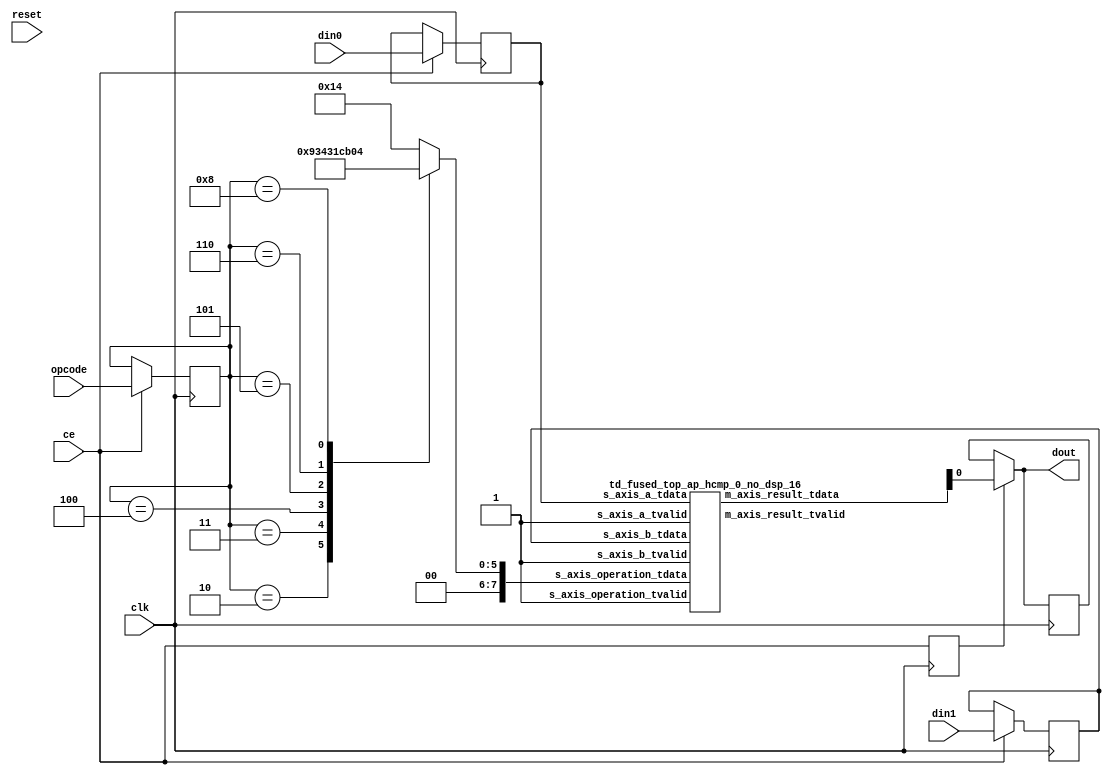
`define EXPONENT 5
`define MANTISSA 10
`define ACTUAL_MANTISSA 11
`define EXPONENT_LSB 10
`define EXPONENT_MSB 14
`define MANTISSA_LSB 0
`define MANTISSA_MSB 9
`define MANTISSA_MUL_SPLIT_LSB 3
`define MANTISSA_MUL_SPLIT_MSB 9
`define SIGN 1
`define SIGN_LOC 15
`define DWIDTH (`SIGN+`EXPONENT+`MANTISSA)
`define IEEE_COMPLIANCE 1

module td_fused_top_hcmp_16ns_16ns_1_2_no_dsp_1
#(parameter
    ID         = 137,
    NUM_STAGE  = 2,
    din0_WIDTH = 16,
    din1_WIDTH = 16,
    dout_WIDTH = 1
)(
    input  wire                  clk,
    input  wire                  reset,
    input  wire                  ce,
    input  wire [din0_WIDTH-1:0] din0,
    input  wire [din1_WIDTH-1:0] din1,
    input  wire [4:0]            opcode,
    output wire [dout_WIDTH-1:0] dout
);
//------------------------Parameter----------------------
// AutoESL opcode
localparam [4:0]
    AP_OEQ = 5'b00001,
    AP_OGT = 5'b00010,
    AP_OGE = 5'b00011,
    AP_OLT = 5'b00100,
    AP_OLE = 5'b00101,
    AP_ONE = 5'b00110,
    AP_UNO = 5'b01000;
// FPV6 opcode
localparam [7:0]
    OP_EQ = 8'b00010100,
    OP_GT = 8'b00100100,
    OP_GE = 8'b00110100,
    OP_LT = 8'b00001100,
    OP_LE = 8'b00011100,
    OP_NE = 8'b00101100,
    OP_UO = 8'b00000100;
//------------------------Local signal-------------------
wire                  a_tvalid;
wire [15:0]           a_tdata;
wire                  b_tvalid;
wire [15:0]           b_tdata;
wire                  op_tvalid;
reg  [7:0]            op_tdata;
wire                  r_tvalid;
wire [7:0]            r_tdata;
reg  [din0_WIDTH-1:0] din0_buf1;
reg  [din1_WIDTH-1:0] din1_buf1;
reg  [4:0]            opcode_buf1;
reg                   ce_r;
wire [dout_WIDTH-1:0] dout_i;
reg  [dout_WIDTH-1:0] dout_r;
//------------------------Instantiation------------------
td_fused_top_ap_hcmp_0_no_dsp_16 td_fused_top_ap_hcmp_0_no_dsp_16_u (
    .s_axis_a_tvalid         ( a_tvalid ),
    .s_axis_a_tdata          ( a_tdata ),
    .s_axis_b_tvalid         ( b_tvalid ),
    .s_axis_b_tdata          ( b_tdata ),
    .s_axis_operation_tvalid ( op_tvalid ),
    .s_axis_operation_tdata  ( op_tdata ),
    .m_axis_result_tvalid    ( r_tvalid ),
    .m_axis_result_tdata     ( r_tdata )
);
//------------------------Body---------------------------
assign a_tvalid  = 1'b1;
assign a_tdata   = din0_buf1;
assign b_tvalid  = 1'b1;
assign b_tdata   = din1_buf1;
assign op_tvalid = 1'b1;
assign dout_i    = r_tdata[0];

always @(*) begin
    case (opcode_buf1)
        AP_OEQ  : op_tdata = OP_EQ;
        AP_OGT  : op_tdata = OP_GT;
        AP_OGE  : op_tdata = OP_GE;
        AP_OLT  : op_tdata = OP_LT;
        AP_OLE  : op_tdata = OP_LE;
        AP_ONE  : op_tdata = OP_NE;
        AP_UNO  : op_tdata = OP_UO;
        default : op_tdata = OP_EQ;
    endcase
end

always @(posedge clk) begin
    if (ce) begin
        din0_buf1   <= din0;
        din1_buf1   <= din1;
        opcode_buf1 <= opcode;
    end
end

always @ (posedge clk) begin
    ce_r <= ce;
end

always @ (posedge clk) begin
    if (ce_r) begin
        dout_r <= dout_i;
    end
end

assign dout = ce_r?dout_i:dout_r;
endmodule
module td_fused_top_ap_hcmp_0_no_dsp_16 (
   input  wire        s_axis_a_tvalid,
   input  wire [15:0] s_axis_a_tdata,
   input  wire        s_axis_b_tvalid,
   input  wire [15:0] s_axis_b_tdata,
   input  wire        s_axis_operation_tvalid,
   input  wire [7:0]  s_axis_operation_tdata,
   output wire        m_axis_result_tvalid,
   output wire [7:0]  m_axis_result_tdata
);
   // TEMP - compare module not yet ready
   // In the meantime, negate operand B, add them
   // together, and return the sign bit of the result.
   wire [15:0] b_negative;
   wire [15:0] result;
   assign b_negative = {~s_axis_b_tdata[15], s_axis_b_tdata[14:0]};

`ifdef complex_dsp
   adder_fp u_add_fp (
      .a(s_axis_a_tdata), 
      .b(b_negative), 
      .out(result)
   );
`else
FPAddSub u_FPAddSub_2 (.clk(), .rst(1'b0), .a(s_axis_a_tdata), .b(b_negative), .operation(1'b0), .result(result), .flags());
`endif

   assign m_axis_result_tdata = {7'b0, result[15]};
endmodule

module FPAddSub(
		clk,
		rst,
		a,
		b,
		operation,			// 0 add, 1 sub
		result,
		flags
	);
	
	// Clock and reset
	input clk ;										// Clock signal
	input rst ;										// Reset (active high, resets pipeline registers)
	
	// Input ports
	input [`DWIDTH-1:0] a ;								// Input A, a 32-bit floating point number
	input [`DWIDTH-1:0] b ;								// Input B, a 32-bit floating point number
	input operation ;								// Operation select signal
	
	// Output ports
	output [`DWIDTH-1:0] result ;						// Result of the operation
	output [4:0] flags ;							// Flags indicating exceptions according to IEEE754
	
	// Pipeline Registers
	//reg [79:0] pipe_1;							// Pipeline register PreAlign->Align1
	reg [`DWIDTH*2+15:0] pipe_1;							// Pipeline register PreAlign->Align1

	//reg [67:0] pipe_2;							// Pipeline register Align1->Align3
	reg [`MANTISSA*2+`EXPONENT+13:0] pipe_2;							// Pipeline register Align1->Align3

	//reg [76:0] pipe_3;	68						// Pipeline register Align1->Align3
	reg [`MANTISSA*2+`EXPONENT+14:0] pipe_3;							// Pipeline register Align1->Align3

	//reg [69:0] pipe_4;							// Pipeline register Align3->Execute
	reg [`MANTISSA*2+`EXPONENT+15:0] pipe_4;							// Pipeline register Align3->Execute

	//reg [51:0] pipe_5;							// Pipeline register Execute->Normalize
	reg [`DWIDTH+`EXPONENT+11:0] pipe_5;							// Pipeline register Execute->Normalize

	//reg [56:0] pipe_6;							// Pipeline register Nomalize->NormalizeShift1
	reg [`DWIDTH+`EXPONENT+16:0] pipe_6;							// Pipeline register Nomalize->NormalizeShift1

	//reg [56:0] pipe_7;							// Pipeline register NormalizeShift2->NormalizeShift3
	reg [`DWIDTH+`EXPONENT+16:0] pipe_7;							// Pipeline register NormalizeShift2->NormalizeShift3

	//reg [54:0] pipe_8;							// Pipeline register NormalizeShift3->Round
	reg [`EXPONENT*2+`MANTISSA+15:0] pipe_8;							// Pipeline register NormalizeShift3->Round

	//reg [40:0] pipe_9;							// Pipeline register NormalizeShift3->Round
	reg [`DWIDTH+8:0] pipe_9;							// Pipeline register NormalizeShift3->Round
	
	// Internal wires between modules
	wire [`DWIDTH-2:0] Aout_0 ;							// A - sign
	wire [`DWIDTH-2:0] Bout_0 ;							// B - sign
	wire Opout_0 ;									// A's sign
	wire Sa_0 ;										// A's sign
	wire Sb_0 ;										// B's sign
	wire MaxAB_1 ;									// Indicates the larger of A and B(0/A, 1/B)
	wire [`EXPONENT-1:0] CExp_1 ;							// Common Exponent
	wire [4:0] Shift_1 ;							// Number of steps to smaller mantissa shift right (align)
	wire [`MANTISSA-1:0] Mmax_1 ;							// Larger mantissa
	wire [4:0] InputExc_0 ;						// Input numbers are exceptions
	wire [9:0] ShiftDet_0 ;
	wire [`MANTISSA-1:0] MminS_1 ;						// Smaller mantissa after 0/16 shift
	wire [`MANTISSA:0] MminS_2 ;						// Smaller mantissa after 0/4/8/12 shift
	wire [`MANTISSA:0] Mmin_3 ;							// Smaller mantissa after 0/1/2/3 shift
	wire [`DWIDTH:0] Sum_4 ;
	wire PSgn_4 ;
	wire Opr_4 ;
	wire [4:0] Shift_5 ;							// Number of steps to shift sum left (normalize)
	wire [`DWIDTH:0] SumS_5 ;							// Sum after 0/16 shift
	wire [`DWIDTH:0] SumS_6 ;							// Sum after 0/16 shift
	wire [`DWIDTH:0] SumS_7 ;							// Sum after 0/16 shift
	wire [`MANTISSA-1:0] NormM_8 ;						// Normalized mantissa
	wire [`EXPONENT:0] NormE_8;							// Adjusted exponent
	wire ZeroSum_8 ;								// Zero flag
	wire NegE_8 ;									// Flag indicating negative exponent
	wire R_8 ;										// Round bit
	wire S_8 ;										// Final sticky bit
	wire FG_8 ;										// Final sticky bit
	wire [`DWIDTH-1:0] P_int ;
	wire EOF ;
	
	// Prepare the operands for alignment and check for exceptions
	FPAddSub_PrealignModule PrealignModule
	(	// Inputs
		a, b, operation,
		// Outputs
		Sa_0, Sb_0, ShiftDet_0[9:0], InputExc_0[4:0], Aout_0[`DWIDTH-2:0], Bout_0[`DWIDTH-2:0], Opout_0) ;
		
	// Prepare the operands for alignment and check for exceptions
	FPAddSub_AlignModule AlignModule
	(	// Inputs
		pipe_1[14+2*`DWIDTH:16+`DWIDTH], pipe_1[15+`DWIDTH:17], pipe_1[14:5],
		// Outputs
		CExp_1[`EXPONENT-1:0], MaxAB_1, Shift_1[4:0], MminS_1[`MANTISSA-1:0], Mmax_1[`MANTISSA-1:0]) ;	

	// Alignment Shift Stage 1
	FPAddSub_AlignShift1 AlignShift1
	(  // Inputs
		pipe_2[`MANTISSA-1:0], pipe_2[2*`MANTISSA+9:2*`MANTISSA+7],
		// Outputs
		MminS_2[`MANTISSA:0]) ;

	// Alignment Shift Stage 3 and compution of guard and sticky bits
	FPAddSub_AlignShift2 AlignShift2  
	(  // Inputs
		pipe_3[`MANTISSA:0], pipe_3[2*`MANTISSA+7:2*`MANTISSA+6],
		// Outputs
		Mmin_3[`MANTISSA:0]) ;
						
	// Perform mantissa addition
	FPAddSub_ExecutionModule ExecutionModule
	(  // Inputs
		pipe_4[`MANTISSA*2+5:`MANTISSA+6], pipe_4[`MANTISSA:0], pipe_4[`MANTISSA*2+`EXPONENT+13], pipe_4[`MANTISSA*2+`EXPONENT+12], pipe_4[`MANTISSA*2+`EXPONENT+11], pipe_4[`MANTISSA*2+`EXPONENT+14],
		// Outputs
		Sum_4[`DWIDTH:0], PSgn_4, Opr_4) ;
	
	// Prepare normalization of result
	FPAddSub_NormalizeModule NormalizeModule
	(  // Inputs
		pipe_5[`DWIDTH:0], 
		// Outputs
		SumS_5[`DWIDTH:0], Shift_5[4:0]) ;
					
	// Normalization Shift Stage 1
	FPAddSub_NormalizeShift1 NormalizeShift1
	(  // Inputs
		pipe_6[`DWIDTH:0], pipe_6[`DWIDTH+`EXPONENT+14:`DWIDTH+`EXPONENT+11],
		// Outputs
		SumS_7[`DWIDTH:0]) ;
		
	// Normalization Shift Stage 3 and final guard, sticky and round bits
	FPAddSub_NormalizeShift2 NormalizeShift2
	(  // Inputs
		pipe_7[`DWIDTH:0], pipe_7[`DWIDTH+`EXPONENT+5:`DWIDTH+6], pipe_7[`DWIDTH+`EXPONENT+15:`DWIDTH+`EXPONENT+11],
		// Outputs
		NormM_8[`MANTISSA-1:0], NormE_8[`EXPONENT:0], ZeroSum_8, NegE_8, R_8, S_8, FG_8) ;

	// Round and put result together
	FPAddSub_RoundModule RoundModule
	(  // Inputs
		 pipe_8[3], pipe_8[4+`EXPONENT:4], pipe_8[`EXPONENT+`MANTISSA+4:5+`EXPONENT], pipe_8[1], pipe_8[0], pipe_8[`EXPONENT*2+`MANTISSA+15], pipe_8[`EXPONENT*2+`MANTISSA+12], pipe_8[`EXPONENT*2+`MANTISSA+11], pipe_8[`EXPONENT*2+`MANTISSA+14], pipe_8[`EXPONENT*2+`MANTISSA+10], 
		// Outputs
		P_int[`DWIDTH-1:0], EOF) ;
	
	// Check for exceptions
	FPAddSub_ExceptionModule Exceptionmodule
	(  // Inputs
		pipe_9[8+`DWIDTH:9], pipe_9[8], pipe_9[7], pipe_9[6], pipe_9[5:1], pipe_9[0], 
		// Outputs
		result[`DWIDTH-1:0], flags[4:0]) ;			
	
	always @ (*) begin	
		if(rst) begin
			pipe_1 = 0;
			pipe_2 = 0;
			pipe_3 = 0;
			pipe_4 = 0;
			pipe_5 = 0;
			pipe_6 = 0;
			pipe_7 = 0;
			pipe_8 = 0;
			pipe_9 = 0;
		end 
		else begin
		
			pipe_1 = {Opout_0, Aout_0[`DWIDTH-2:0], Bout_0[`DWIDTH-2:0], Sa_0, Sb_0, ShiftDet_0[9:0], InputExc_0[4:0]} ;	
			// PIPE_2 :
			//[67] operation
			//[66] Sa_0
			//[65] Sb_0
			//[64] MaxAB_0
			//[63:56] CExp_0
			//[55:51] Shift_0
			//[50:28] Mmax_0
			//[27:23] InputExc_0
			//[22:0] MminS_1
			//
			pipe_2 = {pipe_1[`DWIDTH*2+15], pipe_1[16:15], MaxAB_1, CExp_1[`EXPONENT-1:0], Shift_1[4:0], Mmax_1[`MANTISSA-1:0], pipe_1[4:0], MminS_1[`MANTISSA-1:0]} ;	
			// PIPE_3 :
			//[68] operation
			//[67] Sa_0
			//[66] Sb_0
			//[65] MaxAB_0
			//[64:57] CExp_0
			//[56:52] Shift_0
			//[51:29] Mmax_0
			//[28:24] InputExc_0
			//[23:0] MminS_1
			//
			pipe_3 = {pipe_2[`MANTISSA*2+`EXPONENT+13:`MANTISSA], MminS_2[`MANTISSA:0]} ;	
			// PIPE_4 :
			//[68] operation
			//[67] Sa_0
			//[66] Sb_0
			//[65] MaxAB_0
			//[64:57] CExp_0
			//[56:52] Shift_0
			//[51:29] Mmax_0
			//[28:24] InputExc_0
			//[23:0] Mmin_3
			//					
			pipe_4 = {pipe_3[`MANTISSA*2+`EXPONENT+14:`MANTISSA+1], Mmin_3[`MANTISSA:0]} ;	
			// PIPE_5 :
			//[51] operation
			//[50] PSgn_4
			//[49] Opr_4
			//[48] Sa_0
			//[47] Sb_0
			//[46] MaxAB_0
			//[45:38] CExp_0
			//[37:33] InputExc_0
			//[32:0] Sum_4
			//					
			pipe_5 = {pipe_4[2*`MANTISSA+`EXPONENT+14], PSgn_4, Opr_4, pipe_4[2*`MANTISSA+`EXPONENT+13:2*`MANTISSA+11], pipe_4[`MANTISSA+5:`MANTISSA+1], Sum_4[`DWIDTH:0]} ;
			// PIPE_6 :
			//[56] operation
			//[55:51] Shift_5
			//[50] PSgn_4
			//[49] Opr_4
			//[48] Sa_0
			//[47] Sb_0
			//[46] MaxAB_0
			//[45:38] CExp_0
			//[37:33] InputExc_0
			//[32:0] Sum_4
			//					
			pipe_6 = {pipe_5[`EXPONENT+`EXPONENT+11], Shift_5[4:0], pipe_5[`DWIDTH+`EXPONENT+10:`DWIDTH+1], SumS_5[`DWIDTH:0]} ;	
			// pipe_7 :
			//[56] operation
			//[55:51] Shift_5
			//[50] PSgn_4
			//[49] Opr_4
			//[48] Sa_0
			//[47] Sb_0
			//[46] MaxAB_0
			//[45:38] CExp_0
			//[37:33] InputExc_0
			//[32:0] Sum_4
			//						
			pipe_7 = {pipe_6[`DWIDTH+`EXPONENT+16:`DWIDTH+1], SumS_7[`DWIDTH:0]} ;	
			// pipe_8:
			//[54] FG_8 
			//[53] operation
			//[52] PSgn_4
			//[51] Sa_0
			//[50] Sb_0
			//[49] MaxAB_0
			//[48:41] CExp_0
			//[40:36] InputExc_8
			//[35:13] NormM_8 
			//[12:4] NormE_8
			//[3] ZeroSum_8
			//[2] NegE_8
			//[1] R_8
			//[0] S_8
			//				
			pipe_8 = {FG_8, pipe_7[`DWIDTH+`EXPONENT+16], pipe_7[`DWIDTH+`EXPONENT+10], pipe_7[`DWIDTH+`EXPONENT+8:`DWIDTH+1], NormM_8[`MANTISSA-1:0], NormE_8[`EXPONENT:0], ZeroSum_8, NegE_8, R_8, S_8} ;	
			// pipe_9:
			//[40:9] P_int
			//[8] NegE_8
			//[7] R_8
			//[6] S_8
			//[5:1] InputExc_8
			//[0] EOF
			//				
			pipe_9 = {P_int[`DWIDTH-1:0], pipe_8[2], pipe_8[1], pipe_8[0], pipe_8[`EXPONENT+`MANTISSA+9:`EXPONENT+`MANTISSA+5], EOF} ;	
		end
	end		
	
endmodule
module FPAddSub_ExceptionModule(
		Z,
		NegE,
		R,
		S,
		InputExc,
		EOF,
		P,
		Flags
    );
	 
	// Input ports
	input [`DWIDTH-1:0] Z	;					// Final product
	input NegE ;						// Negative exponent?
	input R ;							// Round bit
	input S ;							// Sticky bit
	input [4:0] InputExc ;			// Exceptions in inputs A and B
	input EOF ;
	
	// Output ports
	output [`DWIDTH-1:0] P ;					// Final result
	output [4:0] Flags ;				// Exception flags
	
	// Internal signals
	wire Overflow ;					// Overflow flag
	wire Underflow ;					// Underflow flag
	wire DivideByZero ;				// Divide-by-Zero flag (always 0 in Add/Sub)
	wire Invalid ;						// Invalid inputs or result
	wire Inexact ;						// Result is inexact because of rounding
	
	// Exception flags
	
	// Result is too big to be represented
	assign Overflow = EOF | InputExc[1] | InputExc[0] ;
	
	// Result is too small to be represented
	assign Underflow = NegE & (R | S);
	
	// Infinite result computed exactly from finite operands
	assign DivideByZero = &(Z[`MANTISSA+`EXPONENT-1:`MANTISSA]) & ~|(Z[`MANTISSA+`EXPONENT-1:`MANTISSA]) & ~InputExc[1] & ~InputExc[0];
	
	// Invalid inputs or operation
	assign Invalid = |(InputExc[4:2]) ;
	
	// Inexact answer due to rounding, overflow or underflow
	assign Inexact = (R | S) | Overflow | Underflow;
	
	// Put pieces together to form final result
	assign P = Z ;
	
	// Collect exception flags	
	assign Flags = {Overflow, Underflow, DivideByZero, Invalid, Inexact} ; 	
	
endmodule
module FPAddSub_RoundModule(
		ZeroSum,
		NormE,
		NormM,
		R,
		S,
		G,
		Sa,
		Sb,
		Ctrl,
		MaxAB,
		Z,
		EOF
    );

	// Input ports
	input ZeroSum ;					// Sum is zero
	input [`EXPONENT:0] NormE ;				// Normalized exponent
	input [`MANTISSA-1:0] NormM ;				// Normalized mantissa
	input R ;							// Round bit
	input S ;							// Sticky bit
	input G ;
	input Sa ;							// A's sign bit
	input Sb ;							// B's sign bit
	input Ctrl ;						// Control bit (operation)
	input MaxAB ;
	
	// Output ports
	output [`DWIDTH-1:0] Z ;					// Final result
	output EOF ;
	
	// Internal signals
	wire [`MANTISSA:0] RoundUpM ;			// Rounded up sum with room for overflow
	wire [`MANTISSA-1:0] RoundM ;				// The final rounded sum
	wire [`EXPONENT:0] RoundE ;				// Rounded exponent (note extra bit due to poential overflow	)
	wire RoundUp ;						// Flag indicating that the sum should be rounded up
        wire FSgn;
	wire ExpAdd ;						// May have to add 1 to compensate for overflow 
	wire RoundOF ;						// Rounding overflow
	
	// The cases where we need to round upwards (= adding one) in Round to nearest, tie to even
	assign RoundUp = (G & ((R | S) | NormM[0])) ;
	
	// Note that in the other cases (rounding down), the sum is already 'rounded'
	assign RoundUpM = (NormM + 1) ;								// The sum, rounded up by 1
	assign RoundM = (RoundUp ? RoundUpM[`MANTISSA-1:0] : NormM) ; 	// Compute final mantissa	
	assign RoundOF = RoundUp & RoundUpM[`MANTISSA] ; 				// Check for overflow when rounding up

	// Calculate post-rounding exponent
	assign ExpAdd = (RoundOF ? 1'b1 : 1'b0) ; 				// Add 1 to exponent to compensate for overflow
	assign RoundE = ZeroSum ? 5'b00000 : (NormE + ExpAdd) ; 							// Final exponent

	// If zero, need to determine sign according to rounding
	assign FSgn = (ZeroSum & (Sa ^ Sb)) | (ZeroSum ? (Sa & Sb & ~Ctrl) : ((~MaxAB & Sa) | ((Ctrl ^ Sb) & (MaxAB | Sa)))) ;

	// Assign final result
	assign Z = {FSgn, RoundE[`EXPONENT-1:0], RoundM[`MANTISSA-1:0]} ;
	
	// Indicate exponent overflow
	assign EOF = RoundE[`EXPONENT];
	
endmodule
module FPAddSub_NormalizeShift2(
		PSSum,
		CExp,
		Shift,
		NormM,
		NormE,
		ZeroSum,
		NegE,
		R,
		S,
		FG
	);
	
	// Input ports
	input [`DWIDTH:0] PSSum ;					// The Pre-Shift-Sum
	input [`EXPONENT-1:0] CExp ;
	input [4:0] Shift ;					// Amount to be shifted

	// Output ports
	output [`MANTISSA-1:0] NormM ;				// Normalized mantissa
	output [`EXPONENT:0] NormE ;					// Adjusted exponent
	output ZeroSum ;						// Zero flag
	output NegE ;							// Flag indicating negative exponent
	output R ;								// Round bit
	output S ;								// Final sticky bit
	output FG ;

	// Internal signals
	wire MSBShift ;						// Flag indicating that a second shift is needed
	wire [`EXPONENT:0] ExpOF ;					// MSB set in sum indicates overflow
	wire [`EXPONENT:0] ExpOK ;					// MSB not set, no adjustment
	
	// Calculate normalized exponent and mantissa, check for all-zero sum
	assign MSBShift = PSSum[`DWIDTH] ;		// Check MSB in unnormalized sum
	assign ZeroSum = ~|PSSum ;			// Check for all zero sum
	assign ExpOK = CExp - Shift ;		// Adjust exponent for new normalized mantissa
	assign NegE = ExpOK[`EXPONENT] ;			// Check for exponent overflow
	assign ExpOF = CExp - Shift + 1'b1 ;		// If MSB set, add one to exponent(x2)
	assign NormE = MSBShift ? ExpOF : ExpOK ;			// Check for exponent overflow
	assign NormM = PSSum[`DWIDTH-1:`EXPONENT+1] ;		// The new, normalized mantissa
	
	// Also need to compute sticky and round bits for the rounding stage
	assign FG = PSSum[`EXPONENT] ; 
	assign R = PSSum[`EXPONENT-1] ;
	assign S = |PSSum[`EXPONENT-2:0] ;
	
endmodule
module FPAddSub_NormalizeShift1(
		MminP,
		Shift,
		Mmin
	);
	
	// Input ports
	input [`DWIDTH:0] MminP ;						// Smaller mantissa after 16|12|8|4 shift
	input [3:0] Shift ;						// Shift amount
	
	// Output ports
	output [`DWIDTH:0] Mmin ;						// The smaller mantissa
	
	reg	  [`DWIDTH:0]		Lvl2;
	wire    [2*`DWIDTH+1:0]    Stage1;	
	reg	  [`DWIDTH:0]		Lvl3;
	wire    [2*`DWIDTH+1:0]    Stage2;	
	integer           i;               	// Loop variable
	
	assign Stage1 = {MminP, MminP};

	always @(*) begin    					// Rotate {0 | 4 | 8 | 12} bits
	  case (Shift[3:2])
			// Rotate by 0
			2'b00: //Lvl2 <= Stage1[`DWIDTH:0];       		
      begin Lvl2 = Stage1[`DWIDTH:0];  end
			// Rotate by 4
			2'b01: //begin for (i=2*`DWIDTH+1; i>=`DWIDTH+1; i=i-1) begin Lvl2[i-33] <= Stage1[i-4]; end Lvl2[3:0] <= 0; end
      begin Lvl2[`DWIDTH: (`DWIDTH-4)] = Stage1[3:0]; Lvl2[`DWIDTH-4-1:0] = Stage1[`DWIDTH-4]; end
			// Rotate by 8
			2'b10: //begin for (i=2*`DWIDTH+1; i>=`DWIDTH+1; i=i-1) begin Lvl2[i-33] <= Stage1[i-8]; end Lvl2[7:0] <= 0; end
      begin Lvl2[`DWIDTH: (`DWIDTH-8)] = Stage1[3:0]; Lvl2[`DWIDTH-8-1:0] = Stage1[`DWIDTH-8]; end
			// Rotate by 12
			2'b11: //begin for (i=2*`DWIDTH+1; i>=`DWIDTH+1; i=i-1) begin Lvl2[i-33] <= Stage1[i-12]; end Lvl2[11:0] <= 0; end
      begin Lvl2[`DWIDTH: (`DWIDTH-12)] = Stage1[3:0]; Lvl2[`DWIDTH-12-1:0] = Stage1[`DWIDTH-12]; end
	  endcase
	end
	
	assign Stage2 = {Lvl2, Lvl2};

	always @(*) begin   				 		// Rotate {0 | 1 | 2 | 3} bits
	  case (Shift[1:0])
			// Rotate by 0
			2'b00:  //Lvl3 <= Stage2[`DWIDTH:0];
      begin Lvl3 = Stage2[`DWIDTH:0]; end
			// Rotate by 1
			2'b01: //begin for (i=2*`DWIDTH+1; i>=`DWIDTH+1; i=i-1) begin Lvl3[i-`DWIDTH-1] <= Stage2[i-1]; end Lvl3[0] <= 0; end 
      begin Lvl3[`DWIDTH: (`DWIDTH-1)] = Stage2[3:0]; Lvl3[`DWIDTH-1-1:0] = Stage2[`DWIDTH-1]; end
			// Rotate by 2
			2'b10: //begin for (i=2*`DWIDTH+1; i>=`DWIDTH+1; i=i-1) begin Lvl3[i-`DWIDTH-1] <= Stage2[i-2]; end Lvl3[1:0] <= 0; end
      begin Lvl3[`DWIDTH: (`DWIDTH-2)] = Stage2[3:0]; Lvl3[`DWIDTH-2-1:0] = Stage2[`DWIDTH-2]; end
			// Rotate by 3
			2'b11: //begin for (i=2*`DWIDTH+1; i>=`DWIDTH+1; i=i-1) begin Lvl3[i-`DWIDTH-1] <= Stage2[i-3]; end Lvl3[2:0] <= 0; end
      begin Lvl3[`DWIDTH: (`DWIDTH-3)] = Stage2[3:0]; Lvl3[`DWIDTH-3-1:0] = Stage2[`DWIDTH-3]; end
	  endcase
	end
	
	// Assign outputs
	assign Mmin = Lvl3;						// Take out smaller mantissa			
	
endmodule
module FPAddSub_NormalizeModule(
		Sum,
		Mmin,
		Shift
    );

	// Input ports
	input [`DWIDTH:0] Sum ;					// Mantissa sum including hidden 1 and GRS
	
	// Output ports
	output [`DWIDTH:0] Mmin ;					// Mantissa after 16|0 shift
	output [4:0] Shift ;					// Shift amount
	
	// Determine normalization shift amount by finding leading nought
	assign Shift =  ( 
		Sum[16] ? 5'b00000 :	 
		Sum[15] ? 5'b00001 : 
		Sum[14] ? 5'b00010 : 
		Sum[13] ? 5'b00011 : 
		Sum[12] ? 5'b00100 : 
		Sum[11] ? 5'b00101 : 
		Sum[10] ? 5'b00110 : 
		Sum[9] ? 5'b00111 :
		Sum[8] ? 5'b01000 :
		Sum[7] ? 5'b01001 :
		Sum[6] ? 5'b01010 :
		Sum[5] ? 5'b01011 :
		Sum[4] ? 5'b01100 : 5'b01101
	//	Sum[19] ? 5'b01101 :
	//	Sum[18] ? 5'b01110 :
	//	Sum[17] ? 5'b01111 :
	//	Sum[16] ? 5'b10000 :
	//	Sum[15] ? 5'b10001 :
	//	Sum[14] ? 5'b10010 :
	//	Sum[13] ? 5'b10011 :
	//	Sum[12] ? 5'b10100 :
	//	Sum[11] ? 5'b10101 :
	//	Sum[10] ? 5'b10110 :
	//	Sum[9] ? 5'b10111 :
	//	Sum[8] ? 5'b11000 :
	//	Sum[7] ? 5'b11001 : 5'b11010
	);
	
	reg	  [`DWIDTH:0]		Lvl1;
	
	always @(*) begin
		// Rotate by 16?
		Lvl1 <= Shift[4] ? {Sum[8:0], 8'b00000000} : Sum; 
	end
	
	// Assign outputs
	assign Mmin = Lvl1;						// Take out smaller mantissa

endmodule
module FPAddSub_ExecutionModule(
		Mmax,
		Mmin,
		Sa,
		Sb,
		MaxAB,
		OpMode,
		Sum,
		PSgn,
		Opr
    );

	// Input ports
	input [`MANTISSA-1:0] Mmax ;					// The larger mantissa
	input [`MANTISSA:0] Mmin ;					// The smaller mantissa
	input Sa ;								// Sign bit of larger number
	input Sb ;								// Sign bit of smaller number
	input MaxAB ;							// Indicates the larger number (0/A, 1/B)
	input OpMode ;							// Operation to be performed (0/Add, 1/Sub)
	
	// Output ports
	output [`DWIDTH:0] Sum ;					// The result of the operation
	output PSgn ;							// The sign for the result
	output Opr ;							// The effective (performed) operation

	assign Opr = (OpMode^Sa^Sb); 		// Resolve sign to determine operation

	// Perform effective operation
	assign Sum = (OpMode^Sa^Sb) ? ({1'b1, Mmax, 5'b00000} - {Mmin, 5'b00000}) : ({1'b1, Mmax, 5'b00000} + {Mmin, 5'b00000}) ;
	
	// Assign result sign
	assign PSgn = (MaxAB ? Sb : Sa) ;

endmodule
module FPAddSub_AlignShift2(
		MminP,
		Shift,
		Mmin
	);
	
	// Input ports
	input [`MANTISSA:0] MminP ;						// Smaller mantissa after 16|12|8|4 shift
	input [1:0] Shift ;						// Shift amount
	
	// Output ports
	output [`MANTISSA:0] Mmin ;						// The smaller mantissa
	
	// Internal Signal
	reg	  [`MANTISSA:0]		Lvl3;
	wire    [2*`MANTISSA+1:0]    Stage2;	
	integer           j;               // Loop variable
	
	assign Stage2 = {11'b0, MminP};

	always @(*) begin    // Rotate {0 | 1 | 2 | 3} bits
	  case (Shift[1:0])
			// Rotate by 0
			2'b00:  Lvl3 <= Stage2[`MANTISSA:0];   
			// Rotate by 1
			2'b01:  begin for (j=0; j<=`MANTISSA; j=j+1)  begin Lvl3[j] <= Stage2[j+1]; end /*Lvl3[`MANTISSA] <= 0; */end 
			// Rotate by 2
			2'b10:  begin for (j=0; j<=`MANTISSA; j=j+1)  begin Lvl3[j] <= Stage2[j+2]; end /*Lvl3[`MANTISSA:`MANTISSA-1] <= 0;*/ end 
			// Rotate by 3
			2'b11:  begin for (j=0; j<=`MANTISSA; j=j+1)  begin Lvl3[j] <= Stage2[j+3]; end /*Lvl3[`MANTISSA:`MANTISSA-2] <= 0;*/ end 	  
	  endcase
	end
	
	// Assign output
	assign Mmin = Lvl3;						// Take out smaller mantissa				

endmodule
module FPAddSub_AlignShift1(
		MminP,
		Shift,
		Mmin
	);
	
	// Input ports
	input [`MANTISSA-1:0] MminP ;						// Smaller mantissa after 16|12|8|4 shift
	input [2:0] Shift ;						// Shift amount
	
	// Output ports
	output [`MANTISSA:0] Mmin ;						// The smaller mantissa
	
	// Internal signals
	reg	  [`MANTISSA:0]		Lvl1;
	reg	  [`MANTISSA:0]		Lvl2;
	wire    [2*`MANTISSA+1:0]    Stage1;	
	integer           i;                // Loop variable
	
	always @(*) begin						
		// Rotate by 16?
		//Lvl1 <= Shift[2] ? {17'b00000000000000001, MminP[22:16]} : {1'b1, MminP}; 
		Lvl1 <= Shift[2] ? {11'b0000000000} : {1'b1, MminP}; 
		
	end
	
	assign Stage1 = { 11'b0, Lvl1};
	
	always @(*) begin    					// Rotate {0 | 4 | 8 | 12} bits
	  case (Shift[1:0])
			// Rotate by 0	
			2'b00:  Lvl2 <= Stage1[`MANTISSA:0];       			
			// Rotate by 4	
			2'b01:  begin for (i=0; i<=`MANTISSA; i=i+1) begin Lvl2[i] <= Stage1[i+4]; end /*Lvl2[`MANTISSA:`MANTISSA-3] <= 0;*/ end
			// Rotate by 8
			2'b10:  begin for (i=0; i<=`MANTISSA; i=i+1) begin Lvl2[i] <= Stage1[i+8]; end /*Lvl2[`MANTISSA:`MANTISSA-7] <= 0;*/ end
			// Rotate by 12	
			2'b11: Lvl2[`MANTISSA: 0] <= 0; 
			//2'b11:  begin for (i=0; i<=`MANTISSA; i=i+1) begin Lvl2[i] <= Stage1[i+12]; end Lvl2[`MANTISSA:`MANTISSA-12] <= 0; end
	  endcase
	end
	
	// Assign output to next shift stage
	assign Mmin = Lvl2;
	
endmodule
module FPAddSub_AlignModule (
		A,
		B,
		ShiftDet,
		CExp,
		MaxAB,
		Shift,
		Mmin,
		Mmax
	);
	
	// Input ports
	input [`DWIDTH-2:0] A ;								// Input A, a 32-bit floating point number
	input [`DWIDTH-2:0] B ;								// Input B, a 32-bit floating point number
	input [9:0] ShiftDet ;
	
	// Output ports
	output [`EXPONENT-1:0] CExp ;							// Common Exponent
	output MaxAB ;									// Incidates larger of A and B (0/A, 1/B)
	output [4:0] Shift ;							// Number of steps to smaller mantissa shift right
	output [`MANTISSA-1:0] Mmin ;							// Smaller mantissa 
	output [`MANTISSA-1:0] Mmax ;							// Larger mantissa
	
	// Internal signals
	//wire BOF ;										// Check for shifting overflow if B is larger
	//wire AOF ;										// Check for shifting overflow if A is larger
	
	assign MaxAB = (A[`DWIDTH-2:0] < B[`DWIDTH-2:0]) ;	
	//assign BOF = ShiftDet[9:5] < 25 ;		// Cannot shift more than 25 bits
	//assign AOF = ShiftDet[4:0] < 25 ;		// Cannot shift more than 25 bits
	
	// Determine final shift value
	//assign Shift = MaxAB ? (BOF ? ShiftDet[9:5] : 5'b11001) : (AOF ? ShiftDet[4:0] : 5'b11001) ;
	
	assign Shift = MaxAB ? ShiftDet[9:5] : ShiftDet[4:0] ;
	
	// Take out smaller mantissa and append shift space
	assign Mmin = MaxAB ? A[`MANTISSA-1:0] : B[`MANTISSA-1:0] ; 
	
	// Take out larger mantissa	
	assign Mmax = MaxAB ? B[`MANTISSA-1:0]: A[`MANTISSA-1:0] ;	
	
	// Common exponent
	assign CExp = (MaxAB ? B[`MANTISSA+`EXPONENT-1:`MANTISSA] : A[`MANTISSA+`EXPONENT-1:`MANTISSA]) ;		
	
endmodule
module FPAddSub_PrealignModule(
		A,
		B,
		operation,
		Sa,
		Sb,
		ShiftDet,
		InputExc,
		Aout,
		Bout,
		Opout
	);
	
	// Input ports
	input [`DWIDTH-1:0] A ;										// Input A, a 32-bit floating point number
	input [`DWIDTH-1:0] B ;										// Input B, a 32-bit floating point number
	input operation ;
	
	// Output ports
	output Sa ;												// A's sign
	output Sb ;												// B's sign
	output [9:0] ShiftDet ;
	output [4:0] InputExc ;								// Input numbers are exceptions
	output [`DWIDTH-2:0] Aout ;
	output [`DWIDTH-2:0] Bout ;
	output Opout ;
	
	// Internal signals									// If signal is high...
	wire ANaN ;												// A is a NaN (Not-a-Number)
	wire BNaN ;												// B is a NaN
	wire AInf ;												// A is infinity
	wire BInf ;												// B is infinity
	wire [`EXPONENT-1:0] DAB ;										// ExpA - ExpB					
	wire [`EXPONENT-1:0] DBA ;										// ExpB - ExpA	
	
	assign ANaN = &(A[`DWIDTH-2:`DWIDTH-1-`EXPONENT]) & |(A[`MANTISSA-1:0]) ;		// All one exponent and not all zero mantissa - NaN
	assign BNaN = &(B[`DWIDTH-2:`DWIDTH-1-`EXPONENT]) & |(B[`MANTISSA-1:0]);		// All one exponent and not all zero mantissa - NaN
	assign AInf = &(A[`DWIDTH-2:`DWIDTH-1-`EXPONENT]) & ~|(A[`MANTISSA-1:0]) ;	// All one exponent and all zero mantissa - Infinity
	assign BInf = &(B[`DWIDTH-2:`DWIDTH-1-`EXPONENT]) & ~|(B[`MANTISSA-1:0]) ;	// All one exponent and all zero mantissa - Infinity
	
	// Put all flags into exception vector
	assign InputExc = {(ANaN | BNaN | AInf | BInf), ANaN, BNaN, AInf, BInf} ;
	
	//assign DAB = (A[30:23] - B[30:23]) ;
	//assign DBA = (B[30:23] - A[30:23]) ;
	assign DAB = (A[`DWIDTH-2:`MANTISSA] + ~(B[`DWIDTH-2:`MANTISSA]) + 1) ;
	assign DBA = (B[`DWIDTH-2:`MANTISSA] + ~(A[`DWIDTH-2:`MANTISSA]) + 1) ;
	
	assign Sa = A[`DWIDTH-1] ;									// A's sign bit
	assign Sb = B[`DWIDTH-1] ;									// B's sign	bit
	assign ShiftDet = {DBA[4:0], DAB[4:0]} ;		// Shift data
	assign Opout = operation ;
	assign Aout = A[`DWIDTH-2:0] ;
	assign Bout = B[`DWIDTH-2:0] ;
	
endmodule